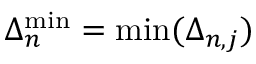
\Delta _ { n } ^ { \mathrm { m i n } } = \operatorname* { m i n } ( \Delta _ { n , j } )